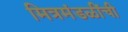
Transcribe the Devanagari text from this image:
मित्रमंडळींची